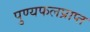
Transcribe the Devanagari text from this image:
पुण्यफलप्राप्त